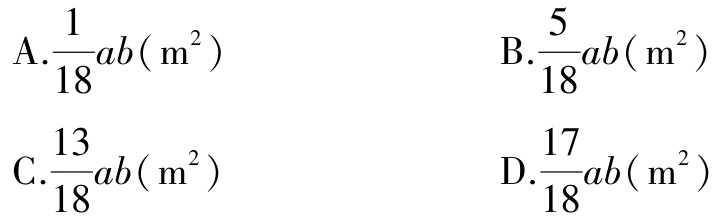
A.$\frac{1}{18}ab(\mathrm{ m}^{2})$
B.$\frac{5}{18}ab(\mathrm{ m}^{2})$
C.$\frac{13}{18}ab(\mathrm{ m}^{2})$
D.$\frac{17}{18}ab(\mathrm{ m}^{2})$